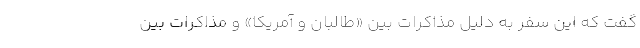
گفت که این سفر به دلیل مذاکرات بین «طالبان و آمریکا» و مذاکرات بین